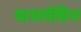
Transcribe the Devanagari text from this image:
थायरोसिन